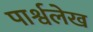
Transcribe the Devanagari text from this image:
पार्श्वलेख